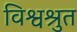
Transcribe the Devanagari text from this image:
विश्वश्रुत